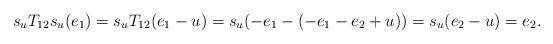
LaTeX: \begin{align*}s_uT_{12}s_u(e_1)=s_uT_{12}(e_1-u)=s_u(-e_1-(-e_1-e_2+u))=s_u(e_2-u)=e_2.\end{align*}